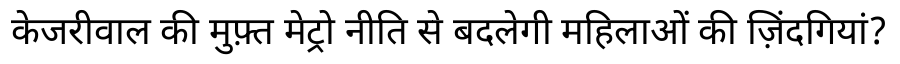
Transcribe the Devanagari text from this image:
केजरीवाल की मुफ़्त मेट्रो नीति से बदलेगी महिलाओं की ज़िंदगियां?